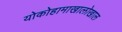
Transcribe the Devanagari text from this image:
योकोहामाखालोखाल